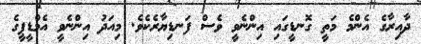
ދާއިރާގެ އެންމެ މަތީ ގޮނޑީގައި އިންނެވީ ވެސް ފަނޑިޔާރެކެވެ. މިއަދު އިންނެވީ އެމްޑީޕީގެ